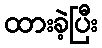
ထားခဲ့ပြီး